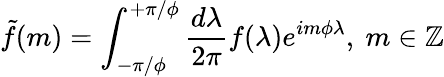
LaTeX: \tilde{f}(m)=\int_{-\pi/\phi}^{+\pi/\phi}\frac{d\lambda}{2\pi}f(\lambda)e^{im\phi\lambda},~m\in\mathbb{Z}